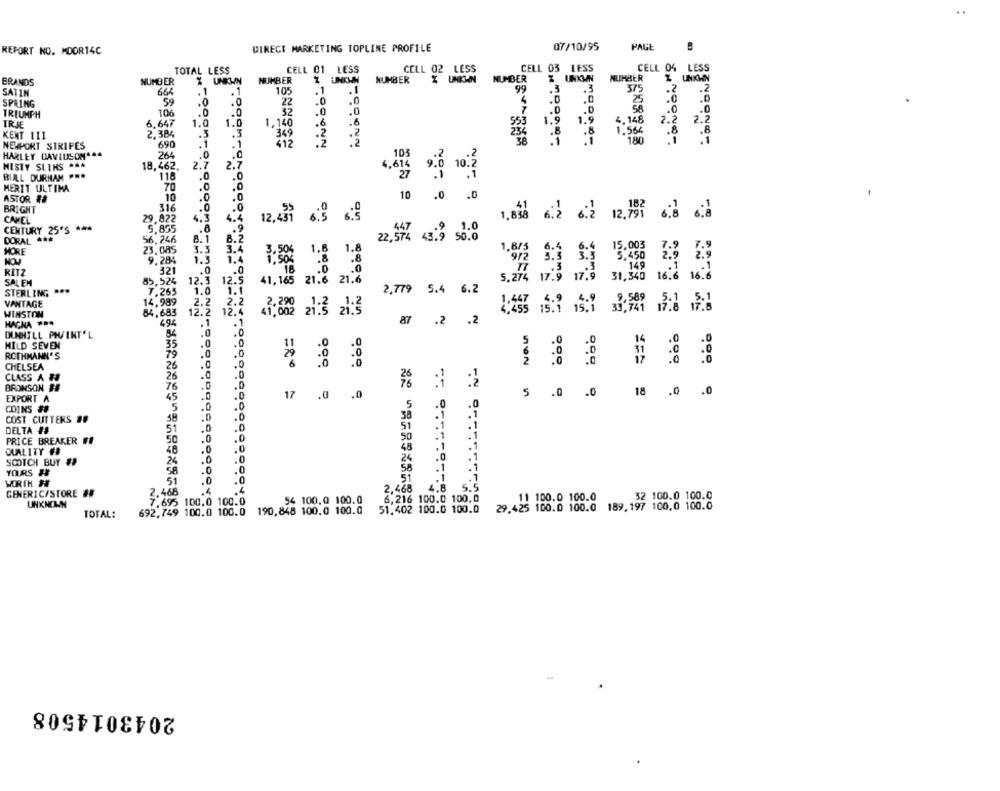
DIRECT MARKETING TOPLINE PROFILE
07/10/95
PAGE
B
REPORT NO. MOOR14C
TOTAL LESS
CELL 01 LESS
CELL 02 LESS
CELL 03 LESS
CELL 04 LESS
% UNKWN
NUMBER
1 UNKWH
NUMBER
NUMBER
NUMBER
Z UNKHN
BRANDS
NUMBER
375
.2
.2
SATIN
664
. 1
. 1
105
.1
.1
SPRING
59
.0
.0
22
.0
.0
25
.0
32
.0
56
.0
TRIUMPH
106
4.148
2.2
2.2
TRIE
6,647
1.0
1.0
1.140
.6
.6
KENT 111
2,38€
.3
.3
349
.2
1.564
.8
.8
.1
412
.Z
.2
180
.1
NEWPORT STRIPES
690
HARLEY DAVIDSON444
264
.0
103
.2
.2
MISTY SLIKS ***
18,462.
2.7
2.7
4.614
9.0 10.2
27
.1
BILL DURHAM ***
118
.0
MERIT ULTIMA
70
.0
ASTOR ##
10
1.0
10
.0
.0
316
.0
BRIGHT
1.838 6.2 6.2 12.797 6.8 6.3
CAMEL
29.822
6.3
4.4
12,431 6.9 6:9
CENTURY 25'S ***
5,855
56.246
8.1
8.2
22,574 43.3 50.0
DORAL ***
6.4
15.003
MORE
23.085
3.3
3.4
3.50%
1.8
1.8
1.8/5
HOU
9,284
1.3
1.4
3.3
321
.0
RITZ
5,274
17.9 17.9
31,346
16.
SALEM
85,524
12.3
41,165 21.6
21.6
STERLING ***
7.265
1.0
2,779 5.4 6.2
VANTAGE
14,989
2.2
2.2
WINSTON
84,683
12.2
12.4
41,002 zł:3 zł:3
HACNA ...
.1
.1
87 .2 .2
.0
.0
DUNHILL PHVINT'L
MILD SEVEN
35
.0
.0
ROTHMANN'S
79
.0
.0
26
.0
.0
===
CHELSEA
CLASS & #
26
.0
.0
BRONSON ##
76
.0
.0
.0
5 .0 .0 18 .0 .0
EXPORT A
45
17 .0 .0
COINS #8
5
.0
.0
.0
.0
COST CUTTERS ##
58
.0
.0
.1
.1
.0
.0
51
.1
DELTA ##
51
.1
PRICE BREAKER ##
50
.0
.0
50
.1
QUALITY #
48
.0
.0
48
.1
24
.0
.0
24
.1
SCOTCH BUY #
.1
.1
YOURS ##
58
.0
.0
58
WORTH HE
51
.0
.0
51
.1
.4
.4
2.468
4.8
5.5
GENERIC/STORE ##
2.468
6,216 100.0 100,0
11 100.0 100.0
32 100.0 100.0
UNKNOWN
7.695 100.0 100.0
54 100.0 100.0
29.425 100.0 100.0 189. 197 100.0 100.0
TOTAL:
692,749 100.0 100.0 190,848 100.0 100.0
51.402 100.0 100.0
2043014508